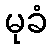
မုခံ